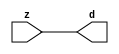

//------> ./rtl_mgc_ioport.v 
//------------------------------------------------------------------
//                M G C _ I O P O R T _ C O M P S
//------------------------------------------------------------------

//------------------------------------------------------------------
//                       M O D U L E S
//------------------------------------------------------------------

//------------------------------------------------------------------
//-- INPUT ENTITIES
//------------------------------------------------------------------

module mgc_in_wire (d, z);

  parameter integer rscid = 1;
  parameter integer width = 8;

  output [width-1:0] d;
  input  [width-1:0] z;

  wire   [width-1:0] d;

  assign d = z;

endmodule

//------------------------------------------------------------------

module mgc_in_wire_en (ld, d, lz, z);

  parameter integer rscid = 1;
  parameter integer width = 8;

  input              ld;
  output [width-1:0] d;
  output             lz;
  input  [width-1:0] z;

  wire   [width-1:0] d;
  wire               lz;

  assign d = z;
  assign lz = ld;

endmodule

//------------------------------------------------------------------

module mgc_in_wire_wait (ld, vd, d, lz, vz, z);

  parameter integer rscid = 1;
  parameter integer width = 8;

  input              ld;
  output             vd;
  output [width-1:0] d;
  output             lz;
  input              vz;
  input  [width-1:0] z;

  wire               vd;
  wire   [width-1:0] d;
  wire               lz;

  assign d = z;
  assign lz = ld;
  assign vd = vz;

endmodule
//------------------------------------------------------------------

module mgc_chan_in (ld, vd, d, lz, vz, z, size, req_size, sizez, sizelz);

  parameter integer rscid = 1;
  parameter integer width = 8;
  parameter integer sz_width = 8;

  input              ld;
  output             vd;
  output [width-1:0] d;
  output             lz;
  input              vz;
  input  [width-1:0] z;
  output [sz_width-1:0] size;
  input              req_size;
  input  [sz_width-1:0] sizez;
  output             sizelz;


  wire               vd;
  wire   [width-1:0] d;
  wire               lz;
  wire   [sz_width-1:0] size;
  wire               sizelz;

  assign d = z;
  assign lz = ld;
  assign vd = vz;
  assign size = sizez;
  assign sizelz = req_size;

endmodule


//------------------------------------------------------------------
//-- OUTPUT ENTITIES
//------------------------------------------------------------------

module mgc_out_stdreg (d, z);

  parameter integer rscid = 1;
  parameter integer width = 8;

  input    [width-1:0] d;
  output   [width-1:0] z;

  wire     [width-1:0] z;

  assign z = d;

endmodule

//------------------------------------------------------------------

module mgc_out_stdreg_en (ld, d, lz, z);

  parameter integer rscid = 1;
  parameter integer width = 8;

  input              ld;
  input  [width-1:0] d;
  output             lz;
  output [width-1:0] z;

  wire               lz;
  wire   [width-1:0] z;

  assign z = d;
  assign lz = ld;

endmodule

//------------------------------------------------------------------

module mgc_out_stdreg_wait (ld, vd, d, lz, vz, z);

  parameter integer rscid = 1;
  parameter integer width = 8;

  input              ld;
  output             vd;
  input  [width-1:0] d;
  output             lz;
  input              vz;
  output [width-1:0] z;

  wire               vd;
  wire               lz;
  wire   [width-1:0] z;

  assign z = d;
  assign lz = ld;
  assign vd = vz;

endmodule

//------------------------------------------------------------------

module mgc_out_prereg_en (ld, d, lz, z);

    parameter integer rscid = 1;
    parameter integer width = 8;

    input              ld;
    input  [width-1:0] d;
    output             lz;
    output [width-1:0] z;

    wire               lz;
    wire   [width-1:0] z;

    assign z = d;
    assign lz = ld;

endmodule

//------------------------------------------------------------------
//-- INOUT ENTITIES
//------------------------------------------------------------------

module mgc_inout_stdreg_en (ldin, din, ldout, dout, lzin, lzout, z);

    parameter integer rscid = 1;
    parameter integer width = 8;

    input              ldin;
    output [width-1:0] din;
    input              ldout;
    input  [width-1:0] dout;
    output             lzin;
    output             lzout;
    inout  [width-1:0] z;

    wire   [width-1:0] din;
    wire               lzin;
    wire               lzout;
    wire   [width-1:0] z;

    assign lzin = ldin;
    assign din = ldin ? z : {width{1'bz}};
    assign lzout = ldout;
    assign z = ldout ? dout : {width{1'bz}};

endmodule

//------------------------------------------------------------------
module hid_tribuf( I_SIG, ENABLE, O_SIG);
  parameter integer width = 8;

  input [width-1:0] I_SIG;
  input ENABLE;
  inout [width-1:0] O_SIG;

  assign O_SIG = (ENABLE) ? I_SIG : { width{1'bz}};

endmodule
//------------------------------------------------------------------

module mgc_inout_stdreg_wait (ldin, vdin, din, ldout, vdout, dout, lzin, vzin, lzout, vzout, z);

    parameter integer rscid = 1;
    parameter integer width = 8;

    input              ldin;
    output             vdin;
    output [width-1:0] din;
    input              ldout;
    output             vdout;
    input  [width-1:0] dout;
    output             lzin;
    input              vzin;
    output             lzout;
    input              vzout;
    inout  [width-1:0] z;

    wire               vdin;
    wire   [width-1:0] din;
    wire               vdout;
    wire               lzin;
    wire               lzout;
    wire   [width-1:0] z;
    wire   ldout_and_vzout;

    assign lzin = ldin;
    assign vdin = vzin;
    assign din = ldin ? z : {width{1'bz}};
    assign lzout = ldout;
    assign vdout = vzout ;
    assign ldout_and_vzout = ldout && vzout ;

    hid_tribuf #(width) tb( .I_SIG(dout),
                            .ENABLE(ldout_and_vzout),
                            .O_SIG(z) );

endmodule

//------------------------------------------------------------------

module mgc_inout_buf_wait (clk, en, arst, srst, ldin, vdin, din, ldout, vdout, dout, lzin, vzin, lzout, vzout, z);

    parameter integer rscid   = 0; // resource ID
    parameter integer width   = 8; // fifo width
    parameter         ph_clk  =  1'b1; // clock polarity 1=rising edge, 0=falling edge
    parameter         ph_en   =  1'b1; // clock enable polarity
    parameter         ph_arst =  1'b1; // async reset polarity
    parameter         ph_srst =  1'b1; // sync reset polarity

    input              clk;
    input              en;
    input              arst;
    input              srst;
    input              ldin;
    output             vdin;
    output [width-1:0] din;
    input              ldout;
    output             vdout;
    input  [width-1:0] dout;
    output             lzin;
    input              vzin;
    output             lzout;
    input              vzout;
    inout  [width-1:0] z;

    wire               lzout_buf;
    wire               vzout_buf;
    wire   [width-1:0] z_buf;
    wire               vdin;
    wire   [width-1:0] din;
    wire               vdout;
    wire               lzin;
    wire               lzout;
    wire   [width-1:0] z;

    assign lzin = ldin;
    assign vdin = vzin;
    assign din = ldin ? z : {width{1'bz}};
    assign lzout = lzout_buf & ~ldin;
    assign vzout_buf = vzout & ~ldin;
    hid_tribuf #(width) tb( .I_SIG(z_buf),
                            .ENABLE((lzout_buf && (!ldin) && vzout) ),
                            .O_SIG(z)  );

    mgc_out_buf_wait
    #(
        .rscid   (rscid),
        .width   (width),
        .ph_clk  (ph_clk),
        .ph_en   (ph_en),
        .ph_arst (ph_arst),
        .ph_srst (ph_srst)
    )
    BUFF
    (
        .clk     (clk),
        .en      (en),
        .arst    (arst),
        .srst    (srst),
        .ld      (ldout),
        .vd      (vdout),
        .d       (dout),
        .lz      (lzout_buf),
        .vz      (vzout_buf),
        .z       (z_buf)
    );


endmodule

module mgc_inout_fifo_wait (clk, en, arst, srst, ldin, vdin, din, ldout, vdout, dout, lzin, vzin, lzout, vzout, z);

    parameter integer rscid   = 0; // resource ID
    parameter integer width   = 8; // fifo width
    parameter integer fifo_sz = 8; // fifo depth
    parameter         ph_clk  = 1'b1;  // clock polarity 1=rising edge, 0=falling edge
    parameter         ph_en   = 1'b1;  // clock enable polarity
    parameter         ph_arst = 1'b1;  // async reset polarity
    parameter         ph_srst = 1'b1;  // sync reset polarity
    parameter integer ph_log2 = 3;     // log2(fifo_sz)
    parameter integer pwropt  = 0;     // pwropt

    input              clk;
    input              en;
    input              arst;
    input              srst;
    input              ldin;
    output             vdin;
    output [width-1:0] din;
    input              ldout;
    output             vdout;
    input  [width-1:0] dout;
    output             lzin;
    input              vzin;
    output             lzout;
    input              vzout;
    inout  [width-1:0] z;

    wire               lzout_buf;
    wire               vzout_buf;
    wire   [width-1:0] z_buf;
    wire               comb;
    wire               vdin;
    wire   [width-1:0] din;
    wire               vdout;
    wire               lzin;
    wire               lzout;
    wire   [width-1:0] z;

    assign lzin = ldin;
    assign vdin = vzin;
    assign din = ldin ? z : {width{1'bz}};
    assign lzout = lzout_buf & ~ldin;
    assign vzout_buf = vzout & ~ldin;
    assign comb = (lzout_buf && (!ldin) && vzout);

    hid_tribuf #(width) tb2( .I_SIG(z_buf), .ENABLE(comb), .O_SIG(z)  );

    mgc_out_fifo_wait
    #(
        .rscid   (rscid),
        .width   (width),
        .fifo_sz (fifo_sz),
        .ph_clk  (ph_clk),
        .ph_en   (ph_en),
        .ph_arst (ph_arst),
        .ph_srst (ph_srst),
        .ph_log2 (ph_log2),
        .pwropt  (pwropt)
    )
    FIFO
    (
        .clk   (clk),
        .en      (en),
        .arst    (arst),
        .srst    (srst),
        .ld      (ldout),
        .vd      (vdout),
        .d       (dout),
        .lz      (lzout_buf),
        .vz      (vzout_buf),
        .z       (z_buf)
    );

endmodule

//------------------------------------------------------------------
//-- I/O SYNCHRONIZATION ENTITIES
//------------------------------------------------------------------

module mgc_io_sync (ld, lz);

    input  ld;
    output lz;

    assign lz = ld;

endmodule

module mgc_bsync_rdy (rd, rz);

    parameter integer rscid   = 0; // resource ID
    parameter ready = 1;
    parameter valid = 0;

    input  rd;
    output rz;

    wire   rz;

    assign rz = rd;

endmodule

module mgc_bsync_vld (vd, vz);

    parameter integer rscid   = 0; // resource ID
    parameter ready = 0;
    parameter valid = 1;

    output vd;
    input  vz;

    wire   vd;

    assign vd = vz;

endmodule

module mgc_bsync_rv (rd, vd, rz, vz);

    parameter integer rscid   = 0; // resource ID
    parameter ready = 1;
    parameter valid = 1;

    input  rd;
    output vd;
    output rz;
    input  vz;

    wire   vd;
    wire   rz;

    assign rz = rd;
    assign vd = vz;

endmodule

//------------------------------------------------------------------

module mgc_sync (ldin, vdin, ldout, vdout);

  input  ldin;
  output vdin;
  input  ldout;
  output vdout;

  wire   vdin;
  wire   vdout;

  assign vdin = ldout;
  assign vdout = ldin;

endmodule

///////////////////////////////////////////////////////////////////////////////
// dummy function used to preserve funccalls for modulario
// it looks like a memory read to the caller
///////////////////////////////////////////////////////////////////////////////
module funccall_inout (d, ad, bd, z, az, bz);

  parameter integer ram_id = 1;
  parameter integer width = 8;
  parameter integer addr_width = 8;

  output [width-1:0]       d;
  input  [addr_width-1:0]  ad;
  input                    bd;
  input  [width-1:0]       z;
  output [addr_width-1:0]  az;
  output                   bz;

  wire   [width-1:0]       d;
  wire   [addr_width-1:0]  az;
  wire                     bz;

  assign d  = z;
  assign az = ad;
  assign bz = bd;

endmodule


///////////////////////////////////////////////////////////////////////////////
// inlinable modular io not otherwise found in mgc_ioport
///////////////////////////////////////////////////////////////////////////////

module modulario_en_in (vd, d, vz, z);

  parameter integer rscid = 1;
  parameter integer width = 8;

  output             vd;
  output [width-1:0] d;
  input              vz;
  input  [width-1:0] z;

  wire   [width-1:0] d;
  wire               vd;

  assign d = z;
  assign vd = vz;

endmodule

//------> ./rtl_mgc_ioport_v2001.v 
//------------------------------------------------------------------

module mgc_out_reg_pos (clk, en, arst, srst, ld, d, lz, z);

    parameter integer rscid   = 1;
    parameter integer width   = 8;
    parameter         ph_en   =  1'b1;
    parameter         ph_arst =  1'b1;
    parameter         ph_srst =  1'b1;

    input              clk;
    input              en;
    input              arst;
    input              srst;
    input              ld;
    input  [width-1:0] d;
    output             lz;
    output [width-1:0] z;

    reg                lz;
    reg    [width-1:0] z;

    generate
    if (ph_arst == 1'b0)
    begin: NEG_ARST
        always @(posedge clk or negedge arst)
        if (arst == 1'b0)
        begin: B1
            lz <= 1'b0;
            z  <= {width{1'b0}};
        end
        else if (srst == ph_srst)
        begin: B2
            lz <= 1'b0;
            z  <= {width{1'b0}};
        end
        else if (en == ph_en)
        begin: B3
            lz <= ld;
            z  <= (ld) ? d : z;
        end
    end
    else
    begin: POS_ARST
        always @(posedge clk or posedge arst)
        if (arst == 1'b1)
        begin: B1
            lz <= 1'b0;
            z  <= {width{1'b0}};
        end
        else if (srst == ph_srst)
        begin: B2
            lz <= 1'b0;
            z  <= {width{1'b0}};
        end
        else if (en == ph_en)
        begin: B3
            lz <= ld;
            z  <= (ld) ? d : z;
        end
    end
    endgenerate

endmodule

//------------------------------------------------------------------

module mgc_out_reg_neg (clk, en, arst, srst, ld, d, lz, z);

    parameter integer rscid   = 1;
    parameter integer width   = 8;
    parameter         ph_en   =  1'b1;
    parameter         ph_arst =  1'b1;
    parameter         ph_srst =  1'b1;

    input              clk;
    input              en;
    input              arst;
    input              srst;
    input              ld;
    input  [width-1:0] d;
    output             lz;
    output [width-1:0] z;

    reg                lz;
    reg    [width-1:0] z;

    generate
    if (ph_arst == 1'b0)
    begin: NEG_ARST
        always @(negedge clk or negedge arst)
        if (arst == 1'b0)
        begin: B1
            lz <= 1'b0;
            z  <= {width{1'b0}};
        end
        else if (srst == ph_srst)
        begin: B2
            lz <= 1'b0;
            z  <= {width{1'b0}};
        end
        else if (en == ph_en)
        begin: B3
            lz <= ld;
            z  <= (ld) ? d : z;
        end
    end
    else
    begin: POS_ARST
        always @(negedge clk or posedge arst)
        if (arst == 1'b1)
        begin: B1
            lz <= 1'b0;
            z  <= {width{1'b0}};
        end
        else if (srst == ph_srst)
        begin: B2
            lz <= 1'b0;
            z  <= {width{1'b0}};
        end
        else if (en == ph_en)
        begin: B3
            lz <= ld;
            z  <= (ld) ? d : z;
        end
    end
    endgenerate

endmodule

//------------------------------------------------------------------

module mgc_out_reg (clk, en, arst, srst, ld, d, lz, z); // Not Supported

    parameter integer rscid   = 1;
    parameter integer width   = 8;
    parameter         ph_clk  =  1'b1;
    parameter         ph_en   =  1'b1;
    parameter         ph_arst =  1'b1;
    parameter         ph_srst =  1'b1;

    input              clk;
    input              en;
    input              arst;
    input              srst;
    input              ld;
    input  [width-1:0] d;
    output             lz;
    output [width-1:0] z;


    generate
    if (ph_clk == 1'b0)
    begin: NEG_EDGE

        mgc_out_reg_neg
        #(
            .rscid   (rscid),
            .width   (width),
            .ph_en   (ph_en),
            .ph_arst (ph_arst),
            .ph_srst (ph_srst)
        )
        mgc_out_reg_neg_inst
        (
            .clk     (clk),
            .en      (en),
            .arst    (arst),
            .srst    (srst),
            .ld      (ld),
            .d       (d),
            .lz      (lz),
            .z       (z)
        );

    end
    else
    begin: POS_EDGE

        mgc_out_reg_pos
        #(
            .rscid   (rscid),
            .width   (width),
            .ph_en   (ph_en),
            .ph_arst (ph_arst),
            .ph_srst (ph_srst)
        )
        mgc_out_reg_pos_inst
        (
            .clk     (clk),
            .en      (en),
            .arst    (arst),
            .srst    (srst),
            .ld      (ld),
            .d       (d),
            .lz      (lz),
            .z       (z)
        );

    end
    endgenerate

endmodule




//------------------------------------------------------------------

module mgc_out_buf_wait (clk, en, arst, srst, ld, vd, d, vz, lz, z); // Not supported

    parameter integer rscid   = 1;
    parameter integer width   = 8;
    parameter         ph_clk  =  1'b1;
    parameter         ph_en   =  1'b1;
    parameter         ph_arst =  1'b1;
    parameter         ph_srst =  1'b1;

    input              clk;
    input              en;
    input              arst;
    input              srst;
    input              ld;
    output             vd;
    input  [width-1:0] d;
    output             lz;
    input              vz;
    output [width-1:0] z;

    wire               filled;
    wire               filled_next;
    wire   [width-1:0] abuf;
    wire               lbuf;


    assign filled_next = (filled & (~vz)) | (filled & ld) | (ld & (~vz));

    assign lbuf = ld & ~(filled ^ vz);

    assign vd = vz | ~filled;

    assign lz = ld | filled;

    assign z = (filled) ? abuf : d;

    wire dummy;
    wire dummy_bufreg_lz;

    // Output registers:
    mgc_out_reg
    #(
        .rscid   (rscid),
        .width   (1'b1),
        .ph_clk  (ph_clk),
        .ph_en   (ph_en),
        .ph_arst (ph_arst),
        .ph_srst (ph_srst)
    )
    STATREG
    (
        .clk     (clk),
        .en      (en),
        .arst    (arst),
        .srst    (srst),
        .ld      (filled_next),
        .d       (1'b0),       // input d is unused
        .lz      (filled),
        .z       (dummy)            // output z is unused
    );

    mgc_out_reg
    #(
        .rscid   (rscid),
        .width   (width),
        .ph_clk  (ph_clk),
        .ph_en   (ph_en),
        .ph_arst (ph_arst),
        .ph_srst (ph_srst)
    )
    BUFREG
    (
        .clk     (clk),
        .en      (en),
        .arst    (arst),
        .srst    (srst),
        .ld      (lbuf),
        .d       (d),
        .lz      (dummy_bufreg_lz),
        .z       (abuf)
    );

endmodule

//------------------------------------------------------------------

module mgc_out_fifo_wait (clk, en, arst, srst, ld, vd, d, lz, vz,  z);

    parameter integer rscid   = 0; // resource ID
    parameter integer width   = 8; // fifo width
    parameter integer fifo_sz = 8; // fifo depth
    parameter         ph_clk  = 1'b1; // clock polarity 1=rising edge, 0=falling edge
    parameter         ph_en   = 1'b1; // clock enable polarity
    parameter         ph_arst = 1'b1; // async reset polarity
    parameter         ph_srst = 1'b1; // sync reset polarity
    parameter integer ph_log2 = 3; // log2(fifo_sz)
    parameter integer pwropt  = 0; // pwropt


    input                 clk;
    input                 en;
    input                 arst;
    input                 srst;
    input                 ld;    // load data
    output                vd;    // fifo full active low
    input     [width-1:0] d;
    output                lz;    // fifo ready to send
    input                 vz;    // dest ready for data
    output    [width-1:0] z;

    wire    [31:0]      size;


      // Output registers:
 mgc_out_fifo_wait_core#(
        .rscid   (rscid),
        .width   (width),
        .sz_width (32),
        .fifo_sz (fifo_sz),
        .ph_clk  (ph_clk),
        .ph_en   (ph_en),
        .ph_arst (ph_arst),
        .ph_srst (ph_srst),
        .ph_log2 (ph_log2),
        .pwropt  (pwropt)
        ) CORE (
        .clk (clk),
        .en (en),
        .arst (arst),
        .srst (srst),
        .ld (ld),
        .vd (vd),
        .d (d),
        .lz (lz),
        .vz (vz),
        .z (z),
        .size (size)
        );

endmodule



module mgc_out_fifo_wait_core (clk, en, arst, srst, ld, vd, d, lz, vz,  z, size);

    parameter integer rscid   = 0; // resource ID
    parameter integer width   = 8; // fifo width
    parameter integer sz_width = 8; // size of port for elements in fifo
    parameter integer fifo_sz = 8; // fifo depth
    parameter         ph_clk  =  1'b1; // clock polarity 1=rising edge, 0=falling edge
    parameter         ph_en   =  1'b1; // clock enable polarity
    parameter         ph_arst =  1'b1; // async reset polarity
    parameter         ph_srst =  1'b1; // sync reset polarity
    parameter integer ph_log2 = 3; // log2(fifo_sz)
    parameter integer pwropt  = 0; // pwropt

   localparam integer  fifo_b = width * fifo_sz;

    input                 clk;
    input                 en;
    input                 arst;
    input                 srst;
    input                 ld;    // load data
    output                vd;    // fifo full active low
    input     [width-1:0] d;
    output                lz;    // fifo ready to send
    input                 vz;    // dest ready for data
    output    [width-1:0] z;
    output    [sz_width-1:0]      size;

    reg      [( (fifo_sz > 0) ? fifo_sz : 1)-1:0] stat_pre;
    wire     [( (fifo_sz > 0) ? fifo_sz : 1)-1:0] stat;
    reg      [( (fifo_b > 0) ? fifo_b : 1)-1:0] buff_pre;
    wire     [( (fifo_b > 0) ? fifo_b : 1)-1:0] buff;
    reg      [( (fifo_sz > 0) ? fifo_sz : 1)-1:0] en_l;
    reg      [(((fifo_sz > 0) ? fifo_sz : 1)-1)/8:0] en_l_s;

    reg       [width-1:0] buff_nxt;

    reg                   stat_nxt;
    reg                   stat_before;
    reg                   stat_after;
    reg                   en_l_var;

    integer               i;
    genvar                eni;

    wire [32:0]           size_t;
    reg [31:0]            count;
    reg [31:0]            count_t;
    reg [32:0]            n_elem;
// pragma translate_off
    reg [31:0]            peak;
// pragma translate_on

    wire [( (fifo_sz > 0) ? fifo_sz : 1)-1:0] dummy_statreg_lz;
    wire [( (fifo_b > 0) ? fifo_b : 1)-1:0] dummy_bufreg_lz;

    generate
    if ( fifo_sz > 0 )
    begin: FIFO_REG
      assign vd = vz | ~stat[0];
      assign lz = ld | stat[fifo_sz-1];
      assign size_t = (count - (vz && stat[fifo_sz-1])) + ld;
      assign size = size_t[sz_width-1:0];
      assign z = (stat[fifo_sz-1]) ? buff[fifo_b-1:width*(fifo_sz-1)] : d;

      always @(*)
      begin: FIFOPROC
        n_elem = 33'b0;
        for (i = fifo_sz-1; i >= 0; i = i - 1)
        begin
          if (i != 0)
            stat_before = stat[i-1];
          else
            stat_before = 1'b0;

          if (i != (fifo_sz-1))
            stat_after = stat[i+1];
          else
            stat_after = 1'b1;

          stat_nxt = stat_after &
                    (stat_before | (stat[i] & (~vz)) | (stat[i] & ld) | (ld & (~vz)));

          stat_pre[i] = stat_nxt;
          en_l_var = 1'b1;
          if (!stat_nxt)
            begin
              buff_nxt = {width{1'b0}};
              en_l_var = 1'b0;
            end
          else if (vz && stat_before)
            buff_nxt[0+:width] = buff[width*(i-1)+:width];
          else if (ld && !((vz && stat_before) || ((!vz) && stat[i])))
            buff_nxt = d;
          else
            begin
              if (pwropt == 0)
                buff_nxt[0+:width] = buff[width*i+:width];
              else
                buff_nxt = {width{1'b0}};
              en_l_var = 1'b0;
            end

          if (ph_en != 0)
            en_l[i] = en & en_l_var;
          else
            en_l[i] = en | ~en_l_var;

          buff_pre[width*i+:width] = buff_nxt[0+:width];

          if ((stat_after == 1'b1) && (stat[i] == 1'b0))
            n_elem = ($unsigned(fifo_sz) - 1) - i;
        end

        if (ph_en != 0)
          en_l_s[(((fifo_sz > 0) ? fifo_sz : 1)-1)/8] = 1'b1;
        else
          en_l_s[(((fifo_sz > 0) ? fifo_sz : 1)-1)/8] = 1'b0;

        for (i = fifo_sz-1; i >= 7; i = i - 1)
        begin
          if ((i%'d2) == 0)
          begin
            if (ph_en != 0)
              en_l_s[(i/8)-1] = en & (stat[i]|stat_pre[i-1]);
            else
              en_l_s[(i/8)-1] = en | ~(stat[i]|stat_pre[i-1]);
          end
        end

        if ( stat[fifo_sz-1] == 1'b0 )
          count_t = 32'b0;
        else if ( stat[0] == 1'b1 )
          count_t = { {(32-ph_log2){1'b0}}, fifo_sz};
        else
          count_t = n_elem[31:0];
        count = count_t;
// pragma translate_off
        if ( peak < count )
          peak = count;
// pragma translate_on
      end

      if (pwropt == 0)
      begin: NOCGFIFO
        // Output registers:
        mgc_out_reg
        #(
            .rscid   (rscid),
            .width   (fifo_sz),
            .ph_clk  (ph_clk),
            .ph_en   (ph_en),
            .ph_arst (ph_arst),
            .ph_srst (ph_srst)
        )
        STATREG
        (
            .clk     (clk),
            .en      (en),
            .arst    (arst),
            .srst    (srst),
            .ld      (1'b1),
            .d       (stat_pre),
            .lz      (dummy_statreg_lz[0]),
            .z       (stat)
        );
        mgc_out_reg
        #(
            .rscid   (rscid),
            .width   (fifo_b),
            .ph_clk  (ph_clk),
            .ph_en   (ph_en),
            .ph_arst (ph_arst),
            .ph_srst (ph_srst)
        )
        BUFREG
        (
            .clk     (clk),
            .en      (en),
            .arst    (arst),
            .srst    (srst),
            .ld      (1'b1),
            .d       (buff_pre),
            .lz      (dummy_bufreg_lz[0]),
            .z       (buff)
        );
      end
      else
      begin: CGFIFO
        // Output registers:
        if ( pwropt > 1)
        begin: CGSTATFIFO2
          for (eni = fifo_sz-1; eni >= 0; eni = eni - 1)
          begin: pwroptGEN1
            mgc_out_reg
            #(
              .rscid   (rscid),
              .width   (1),
              .ph_clk  (ph_clk),
              .ph_en   (ph_en),
              .ph_arst (ph_arst),
              .ph_srst (ph_srst)
            )
            STATREG
            (
              .clk     (clk),
              .en      (en_l_s[eni/8]),
              .arst    (arst),
              .srst    (srst),
              .ld      (1'b1),
              .d       (stat_pre[eni]),
              .lz      (dummy_statreg_lz[eni]),
              .z       (stat[eni])
            );
          end
        end
        else
        begin: CGSTATFIFO
          mgc_out_reg
          #(
            .rscid   (rscid),
            .width   (fifo_sz),
            .ph_clk  (ph_clk),
            .ph_en   (ph_en),
            .ph_arst (ph_arst),
            .ph_srst (ph_srst)
          )
          STATREG
          (
            .clk     (clk),
            .en      (en),
            .arst    (arst),
            .srst    (srst),
            .ld      (1'b1),
            .d       (stat_pre),
            .lz      (dummy_statreg_lz[0]),
            .z       (stat)
          );
        end
        for (eni = fifo_sz-1; eni >= 0; eni = eni - 1)
        begin: pwroptGEN2
          mgc_out_reg
          #(
            .rscid   (rscid),
            .width   (width),
            .ph_clk  (ph_clk),
            .ph_en   (ph_en),
            .ph_arst (ph_arst),
            .ph_srst (ph_srst)
          )
          BUFREG
          (
            .clk     (clk),
            .en      (en_l[eni]),
            .arst    (arst),
            .srst    (srst),
            .ld      (1'b1),
            .d       (buff_pre[width*eni+:width]),
            .lz      (dummy_bufreg_lz[eni]),
            .z       (buff[width*eni+:width])
          );
        end
      end
    end
    else
    begin: FEED_THRU
      assign vd = vz;
      assign lz = ld;
      assign z = d;
      assign size = ld && !vz;
    end
    endgenerate

endmodule

//------------------------------------------------------------------
//-- PIPE ENTITIES
//------------------------------------------------------------------
/*
 *
 *             _______________________________________________
 * WRITER    |                                               |          READER
 *           |           MGC_PIPE                            |
 *           |           __________________________          |
 *        --<| vdout  --<| vd ---------------  vz<|-----ldin<|---
 *           |           |      FIFO              |          |
 *        ---|>ldout  ---|>ld ---------------- lz |> ---vdin |>--
 *        ---|>dout -----|>d  ---------------- dz |> ----din |>--
 *           |           |________________________|          |
 *           |_______________________________________________|
 */
// two clock pipe
module mgc_pipe (clk, en, arst, srst, ldin, vdin, din, ldout, vdout, dout, size, req_size);

    parameter integer rscid   = 0; // resource ID
    parameter integer width   = 8; // fifo width
    parameter integer sz_width = 8; // width of size of elements in fifo
    parameter integer fifo_sz = 8; // fifo depth
    parameter integer log2_sz = 3; // log2(fifo_sz)
    parameter         ph_clk  = 1'b1;  // clock polarity 1=rising edge, 0=falling edge
    parameter         ph_en   = 1'b1;  // clock enable polarity
    parameter         ph_arst = 1'b1;  // async reset polarity
    parameter         ph_srst = 1'b1;  // sync reset polarity
    parameter integer pwropt  = 0; // pwropt

    input              clk;
    input              en;
    input              arst;
    input              srst;
    input              ldin;
    output             vdin;
    output [width-1:0] din;
    input              ldout;
    output             vdout;
    input  [width-1:0] dout;
    output [sz_width-1:0]      size;
    input              req_size;


    mgc_out_fifo_wait_core
    #(
        .rscid    (rscid),
        .width    (width),
        .sz_width (sz_width),
        .fifo_sz  (fifo_sz),
        .ph_clk   (ph_clk),
        .ph_en    (ph_en),
        .ph_arst  (ph_arst),
        .ph_srst  (ph_srst),
        .ph_log2  (log2_sz),
        .pwropt   (pwropt)
    )
    FIFO
    (
        .clk     (clk),
        .en      (en),
        .arst    (arst),
        .srst    (srst),
        .ld      (ldout),
        .vd      (vdout),
        .d       (dout),
        .lz      (vdin),
        .vz      (ldin),
        .z       (din),
        .size    (size)
    );

endmodule


//------> ./rtl.v 
// ----------------------------------------------------------------------
//  HLS HDL:        Verilog Netlister
//  HLS Version:    2011a.126 Production Release
//  HLS Date:       Wed Aug  8 00:52:07 PDT 2012
// 
//  Generated by:   apl115@EEWS104A-017
//  Generated date: Tue May 10 13:39:41 2016
// ----------------------------------------------------------------------

// 
// ------------------------------------------------------------------
//  Design Unit:    ImageProcessing_core_fsm
//  FSM Module
// ------------------------------------------------------------------


module ImageProcessing_core_fsm (
  clk, rst, fsm_output
);
  input clk;
  input rst;
  output [1:0] fsm_output;
  reg [1:0] fsm_output;


  // FSM State Type Declaration for ImageProcessing_core_fsm_1
  parameter
    st_main = 1'd0,
    st_main_1 = 1'd1,
    state_x = 1'b0;

  reg [0:0] state_var;
  reg [0:0] state_var_NS;


  // Interconnect Declarations for Component Instantiations 
  always @(*)
  begin : ImageProcessing_core_fsm_1
    case (state_var)
      st_main : begin
        fsm_output = 2'b1;
        state_var_NS = st_main_1;
      end
      st_main_1 : begin
        fsm_output = 2'b10;
        state_var_NS = st_main;
      end
      default : begin
        fsm_output = 2'b00;
        state_var_NS = st_main;
      end
    endcase
  end

  always @(posedge clk) begin
    if ( rst ) begin
      state_var <= st_main;
    end
    else begin
      state_var <= state_var_NS;
    end
  end

endmodule

// ------------------------------------------------------------------
//  Design Unit:    ImageProcessing_core
// ------------------------------------------------------------------


module ImageProcessing_core (
  clk, rst, VGA_VS_rsc_mgc_in_wire_d, vga_xy_rsc_mgc_in_wire_d, video_in_rsc_mgc_in_wire_d,
      player1y_rsc_mgc_out_stdreg_d, player2y_rsc_mgc_out_stdreg_d, video_out_rsc_mgc_out_stdreg_d
);
  input clk;
  input rst;
  input VGA_VS_rsc_mgc_in_wire_d;
  input [19:0] vga_xy_rsc_mgc_in_wire_d;
  input [29:0] video_in_rsc_mgc_in_wire_d;
  output [9:0] player1y_rsc_mgc_out_stdreg_d;
  reg [9:0] player1y_rsc_mgc_out_stdreg_d;
  output [9:0] player2y_rsc_mgc_out_stdreg_d;
  reg [9:0] player2y_rsc_mgc_out_stdreg_d;
  output [29:0] video_out_rsc_mgc_out_stdreg_d;
  reg [29:0] video_out_rsc_mgc_out_stdreg_d;


  // Interconnect Declarations
  wire [1:0] fsm_output;
  wire and_dcpl_4;
  wire and_dcpl_5;
  wire or_dcpl_3;
  wire and_dcpl_13;
  wire and_dcpl_15;
  wire or_dcpl_7;
  wire and_dcpl_18;
  reg findpixelred_sva;
  reg findpixelblue_sva;
  reg [9:0] redobjy_sva;
  reg [9:0] blueobjy_sva;
  wire findpixelred_sva_dfm;
  wire [8:0] else_1_if_acc_itm;
  wire [9:0] nl_else_1_if_acc_itm;
  wire [10:0] else_1_aif_acc_itm;
  wire [11:0] nl_else_1_aif_acc_itm;
  wire [10:0] else_1_acc_itm;
  wire [11:0] nl_else_1_acc_itm;
  wire [10:0] aif_1_acc_itm;
  wire [11:0] nl_aif_1_acc_itm;
  wire [10:0] aif_acc_itm;
  wire [11:0] nl_aif_acc_itm;
  wire [6:0] if_1_acc_itm;
  wire [7:0] nl_if_1_acc_itm;
  wire [9:0] vga_y_sva;
  wire [10:0] nl_vga_y_sva;
  wire else_1_land_lpi_1_dfm;
  wire findpixelblue_sva_dfm;
  wire land_lpi_1_dfm;


  // Interconnect Declarations for Component Instantiations 
  ImageProcessing_core_fsm ImageProcessing_core_fsm_inst (
      .clk(clk),
      .rst(rst),
      .fsm_output(fsm_output)
    );
  assign nl_vga_y_sva = (vga_xy_rsc_mgc_in_wire_d[19:10]) + 10'b1111011101;
  assign vga_y_sva = nl_vga_y_sva[9:0];
  assign findpixelred_sva_dfm = findpixelred_sva | VGA_VS_rsc_mgc_in_wire_d;
  assign else_1_land_lpi_1_dfm = ~((else_1_if_acc_itm[8]) | (else_1_aif_acc_itm[10])
      | (else_1_acc_itm[10]));
  assign findpixelblue_sva_dfm = findpixelblue_sva | VGA_VS_rsc_mgc_in_wire_d;
  assign nl_else_1_if_acc_itm = conv_u2u_8_9(video_in_rsc_mgc_in_wire_d[9:2]) + 9'b110000011;
  assign else_1_if_acc_itm = nl_else_1_if_acc_itm[8:0];
  assign nl_else_1_aif_acc_itm = ({1'b1 , (~ (video_in_rsc_mgc_in_wire_d[19:10]))})
      + 11'b110010001;
  assign else_1_aif_acc_itm = nl_else_1_aif_acc_itm[10:0];
  assign nl_else_1_acc_itm = ({1'b1 , (~ (video_in_rsc_mgc_in_wire_d[29:20]))}) +
      11'b110010001;
  assign else_1_acc_itm = nl_else_1_acc_itm[10:0];
  assign nl_aif_1_acc_itm = ({1'b1 , (~ (video_in_rsc_mgc_in_wire_d[9:0]))}) + 11'b110111001;
  assign aif_1_acc_itm = nl_aif_1_acc_itm[10:0];
  assign nl_aif_acc_itm = ({1'b1 , (~ (video_in_rsc_mgc_in_wire_d[19:10]))}) + 11'b1000001001;
  assign aif_acc_itm = nl_aif_acc_itm[10:0];
  assign land_lpi_1_dfm = ~((aif_1_acc_itm[10]) | (aif_acc_itm[10]) | (if_1_acc_itm[6]));
  assign nl_if_1_acc_itm = conv_u2u_6_7(video_in_rsc_mgc_in_wire_d[29:24]) + 7'b1001001;
  assign if_1_acc_itm = nl_if_1_acc_itm[6:0];
  assign and_dcpl_4 = ~((if_1_acc_itm[6]) | (aif_acc_itm[10]));
  assign and_dcpl_5 = and_dcpl_4 & (~ (aif_1_acc_itm[10]));
  assign or_dcpl_3 = (if_1_acc_itm[6]) | (aif_acc_itm[10]);
  assign and_dcpl_13 = ~((else_1_aif_acc_itm[10]) | (else_1_if_acc_itm[8]));
  assign and_dcpl_15 = (fsm_output[0]) & (~ (else_1_acc_itm[10]));
  assign or_dcpl_7 = or_dcpl_3 | (aif_1_acc_itm[10]);
  assign and_dcpl_18 = ~(VGA_VS_rsc_mgc_in_wire_d | findpixelblue_sva);
  always @(posedge clk) begin
    if ( rst ) begin
      player1y_rsc_mgc_out_stdreg_d <= 10'b0;
      redobjy_sva <= 10'b0;
      player2y_rsc_mgc_out_stdreg_d <= 10'b0;
      blueobjy_sva <= 10'b0;
      video_out_rsc_mgc_out_stdreg_d <= 30'b0;
      findpixelblue_sva <= 1'b0;
      findpixelred_sva <= 1'b0;
    end
    else begin
      player1y_rsc_mgc_out_stdreg_d <= MUX1HOT_v_10_3_2({vga_y_sva , redobjy_sva
          , player1y_rsc_mgc_out_stdreg_d}, {(and_dcpl_5 & findpixelred_sva_dfm &
          (fsm_output[0])) , (and_dcpl_5 & (fsm_output[0]) & (~ findpixelred_sva)
          & (~ VGA_VS_rsc_mgc_in_wire_d)) , (or_dcpl_3 | (aif_1_acc_itm[10]) | (~
          (fsm_output[0])))});
      redobjy_sva <= MUX_v_10_2_2({vga_y_sva , redobjy_sva}, (~(findpixelred_sva
          | VGA_VS_rsc_mgc_in_wire_d | (fsm_output[1]))) | (fsm_output[1]));
      player2y_rsc_mgc_out_stdreg_d <= MUX1HOT_v_10_3_2({vga_y_sva , blueobjy_sva
          , player2y_rsc_mgc_out_stdreg_d}, {(or_dcpl_7 & and_dcpl_15 & and_dcpl_13
          & (VGA_VS_rsc_mgc_in_wire_d | findpixelblue_sva)) , (or_dcpl_7 & and_dcpl_15
          & and_dcpl_13 & and_dcpl_18) , (and_dcpl_5 | (~ (fsm_output[0])) | (else_1_acc_itm[10])
          | (else_1_aif_acc_itm[10]) | (else_1_if_acc_itm[8]))});
      blueobjy_sva <= MUX_v_10_2_2({vga_y_sva , blueobjy_sva}, and_dcpl_5 | (~ (fsm_output[0]))
          | (else_1_acc_itm[10]) | (else_1_aif_acc_itm[10]) | (else_1_if_acc_itm[8])
          | and_dcpl_18);
      video_out_rsc_mgc_out_stdreg_d <= MUX_v_30_2_2({video_out_rsc_mgc_out_stdreg_d
          , ({({{9{land_lpi_1_dfm}}, land_lpi_1_dfm}) , 10'b0 , (signext_10_1(else_1_land_lpi_1_dfm
          & (~ land_lpi_1_dfm)))})}, fsm_output[0]);
      findpixelblue_sva <= MUX1HOT_s_1_3_2({findpixelblue_sva_dfm , (findpixelblue_sva_dfm
          & (~ else_1_land_lpi_1_dfm)) , findpixelblue_sva}, {(and_dcpl_4 & (~ (aif_1_acc_itm[10]))
          & (fsm_output[0])) , (or_dcpl_7 & (fsm_output[0])) , (~ (fsm_output[0]))});
      findpixelred_sva <= MUX_s_1_2_2({findpixelred_sva , (findpixelred_sva_dfm &
          (~ land_lpi_1_dfm))}, fsm_output[0]);
    end
  end

  function [9:0] MUX1HOT_v_10_3_2;
    input [29:0] inputs;
    input [2:0] sel;
    reg [9:0] result;
    integer i;
  begin
    result = inputs[0+:10] & {10{sel[0]}};
    for( i = 1; i < 3; i = i + 1 )
      result = result | (inputs[i*10+:10] & {10{sel[i]}});
    MUX1HOT_v_10_3_2 = result;
  end
  endfunction


  function [9:0] MUX_v_10_2_2;
    input [19:0] inputs;
    input [0:0] sel;
    reg [9:0] result;
  begin
    case (sel)
      1'b0 : begin
        result = inputs[19:10];
      end
      1'b1 : begin
        result = inputs[9:0];
      end
      default : begin
        result = inputs[19:10];
      end
    endcase
    MUX_v_10_2_2 = result;
  end
  endfunction


  function [29:0] MUX_v_30_2_2;
    input [59:0] inputs;
    input [0:0] sel;
    reg [29:0] result;
  begin
    case (sel)
      1'b0 : begin
        result = inputs[59:30];
      end
      1'b1 : begin
        result = inputs[29:0];
      end
      default : begin
        result = inputs[59:30];
      end
    endcase
    MUX_v_30_2_2 = result;
  end
  endfunction


  function [9:0] signext_10_1;
    input [0:0] vector;
  begin
    signext_10_1= {{9{vector[0]}}, vector};
  end
  endfunction


  function [0:0] MUX1HOT_s_1_3_2;
    input [2:0] inputs;
    input [2:0] sel;
    reg [0:0] result;
    integer i;
  begin
    result = inputs[0+:1] & {1{sel[0]}};
    for( i = 1; i < 3; i = i + 1 )
      result = result | (inputs[i*1+:1] & {1{sel[i]}});
    MUX1HOT_s_1_3_2 = result;
  end
  endfunction


  function [0:0] MUX_s_1_2_2;
    input [1:0] inputs;
    input [0:0] sel;
    reg [0:0] result;
  begin
    case (sel)
      1'b0 : begin
        result = inputs[1:1];
      end
      1'b1 : begin
        result = inputs[0:0];
      end
      default : begin
        result = inputs[1:1];
      end
    endcase
    MUX_s_1_2_2 = result;
  end
  endfunction


  function  [8:0] conv_u2u_8_9 ;
    input [7:0]  vector ;
  begin
    conv_u2u_8_9 = {1'b0, vector};
  end
  endfunction


  function  [6:0] conv_u2u_6_7 ;
    input [5:0]  vector ;
  begin
    conv_u2u_6_7 = {1'b0, vector};
  end
  endfunction

endmodule

// ------------------------------------------------------------------
//  Design Unit:    ImageProcessing
//  Generated from file(s):
//    2) $PROJECT_HOME/vga_mouse_square.c
// ------------------------------------------------------------------


module ImageProcessing (
  VGA_VS_rsc_z, vga_xy_rsc_z, video_in_rsc_z, player1y_rsc_z, player2y_rsc_z, video_out_rsc_z,
      clk, rst
);
  input VGA_VS_rsc_z;
  input [19:0] vga_xy_rsc_z;
  input [29:0] video_in_rsc_z;
  output [9:0] player1y_rsc_z;
  output [9:0] player2y_rsc_z;
  output [29:0] video_out_rsc_z;
  input clk;
  input rst;


  // Interconnect Declarations
  wire VGA_VS_rsc_mgc_in_wire_d;
  wire [19:0] vga_xy_rsc_mgc_in_wire_d;
  wire [29:0] video_in_rsc_mgc_in_wire_d;
  wire [9:0] player1y_rsc_mgc_out_stdreg_d;
  wire [9:0] player2y_rsc_mgc_out_stdreg_d;
  wire [29:0] video_out_rsc_mgc_out_stdreg_d;


  // Interconnect Declarations for Component Instantiations 
  mgc_in_wire #(.rscid(1),
  .width(1)) VGA_VS_rsc_mgc_in_wire (
      .d(VGA_VS_rsc_mgc_in_wire_d),
      .z(VGA_VS_rsc_z)
    );
  mgc_in_wire #(.rscid(2),
  .width(20)) vga_xy_rsc_mgc_in_wire (
      .d(vga_xy_rsc_mgc_in_wire_d),
      .z(vga_xy_rsc_z)
    );
  mgc_in_wire #(.rscid(3),
  .width(30)) video_in_rsc_mgc_in_wire (
      .d(video_in_rsc_mgc_in_wire_d),
      .z(video_in_rsc_z)
    );
  mgc_out_stdreg #(.rscid(4),
  .width(10)) player1y_rsc_mgc_out_stdreg (
      .d(player1y_rsc_mgc_out_stdreg_d),
      .z(player1y_rsc_z)
    );
  mgc_out_stdreg #(.rscid(5),
  .width(10)) player2y_rsc_mgc_out_stdreg (
      .d(player2y_rsc_mgc_out_stdreg_d),
      .z(player2y_rsc_z)
    );
  mgc_out_stdreg #(.rscid(6),
  .width(30)) video_out_rsc_mgc_out_stdreg (
      .d(video_out_rsc_mgc_out_stdreg_d),
      .z(video_out_rsc_z)
    );
  ImageProcessing_core ImageProcessing_core_inst (
      .clk(clk),
      .rst(rst),
      .VGA_VS_rsc_mgc_in_wire_d(VGA_VS_rsc_mgc_in_wire_d),
      .vga_xy_rsc_mgc_in_wire_d(vga_xy_rsc_mgc_in_wire_d),
      .video_in_rsc_mgc_in_wire_d(video_in_rsc_mgc_in_wire_d),
      .player1y_rsc_mgc_out_stdreg_d(player1y_rsc_mgc_out_stdreg_d),
      .player2y_rsc_mgc_out_stdreg_d(player2y_rsc_mgc_out_stdreg_d),
      .video_out_rsc_mgc_out_stdreg_d(video_out_rsc_mgc_out_stdreg_d)
    );
endmodule